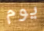
يوم